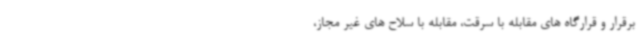
برقرار و قرارگاه های مقابله با سرقت، مقابله با سلاح های غیر مجاز،